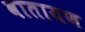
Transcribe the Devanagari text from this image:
वातायण